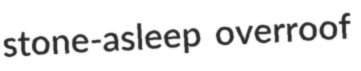
stone-asleep overroof